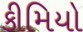
કીમિયો